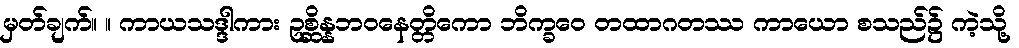
မှတ်ချက်။ ။ ကာယသဒ္ဒါကား ဥစ္ဆိန္နဘဝနေတ္တိကော ဘိက္ခဝေ တထာဂတဿ ကာယော စသည်၌ ကဲ့သို့